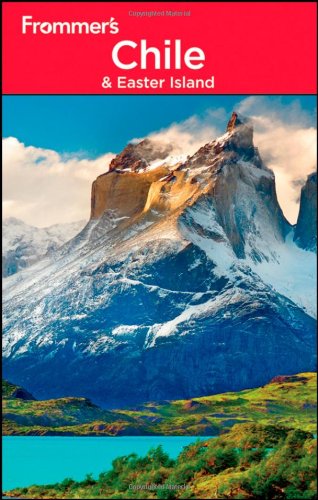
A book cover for Frommer's Chile and Easter Island (Frommer's Complete Guides); Nicholas Gill; Travel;